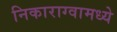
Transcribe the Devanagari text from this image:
निकाराग्वामध्ये